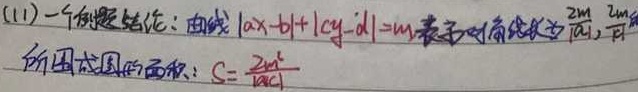
(11)一个例题结论：曲线$|ax - b|+|cy - d|=m$表示的图形为$\frac{2m}{|ac|}$ ，其所围成图形的面积：$S=\frac{2m^{2}}{|ac|}$